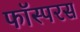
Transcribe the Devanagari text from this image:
फॉस्परस